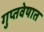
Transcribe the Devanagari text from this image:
गुप्तवेषात